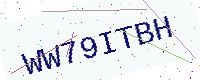
Text: WW79ITBH